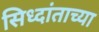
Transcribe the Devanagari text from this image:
सिध्दांताच्या